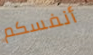
أنفسكم